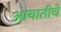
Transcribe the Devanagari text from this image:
आयातीचे